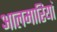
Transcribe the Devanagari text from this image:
आलमारियां